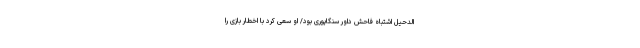
الدحیل اشتباه فاحش داور سنگاپوری بود/ او سعی کرد با اخطار بازی را